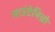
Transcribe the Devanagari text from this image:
माउंटेनिग्रो